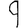
Digit: 9